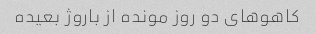
کاهوهای دو روز مونده از باروژ بعیده